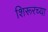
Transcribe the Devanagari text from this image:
शिरूरच्या